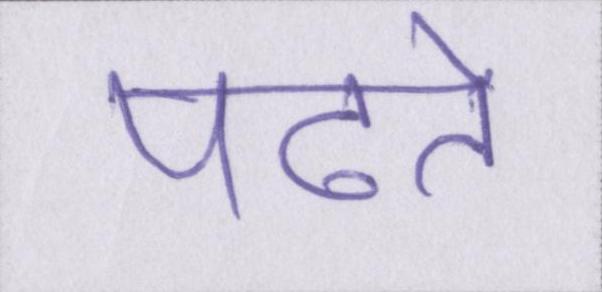
पढते